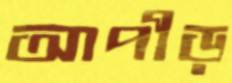
আপীড়